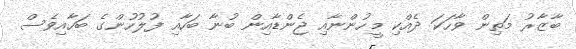
ބާޒާރު މަތިން ވާހަކަ ދެއްކި މީހުންނާއި ޖެންޑާއިން ބުނާ ބަހާއި ފުލުހުންގެ ބަހާއިވެސް